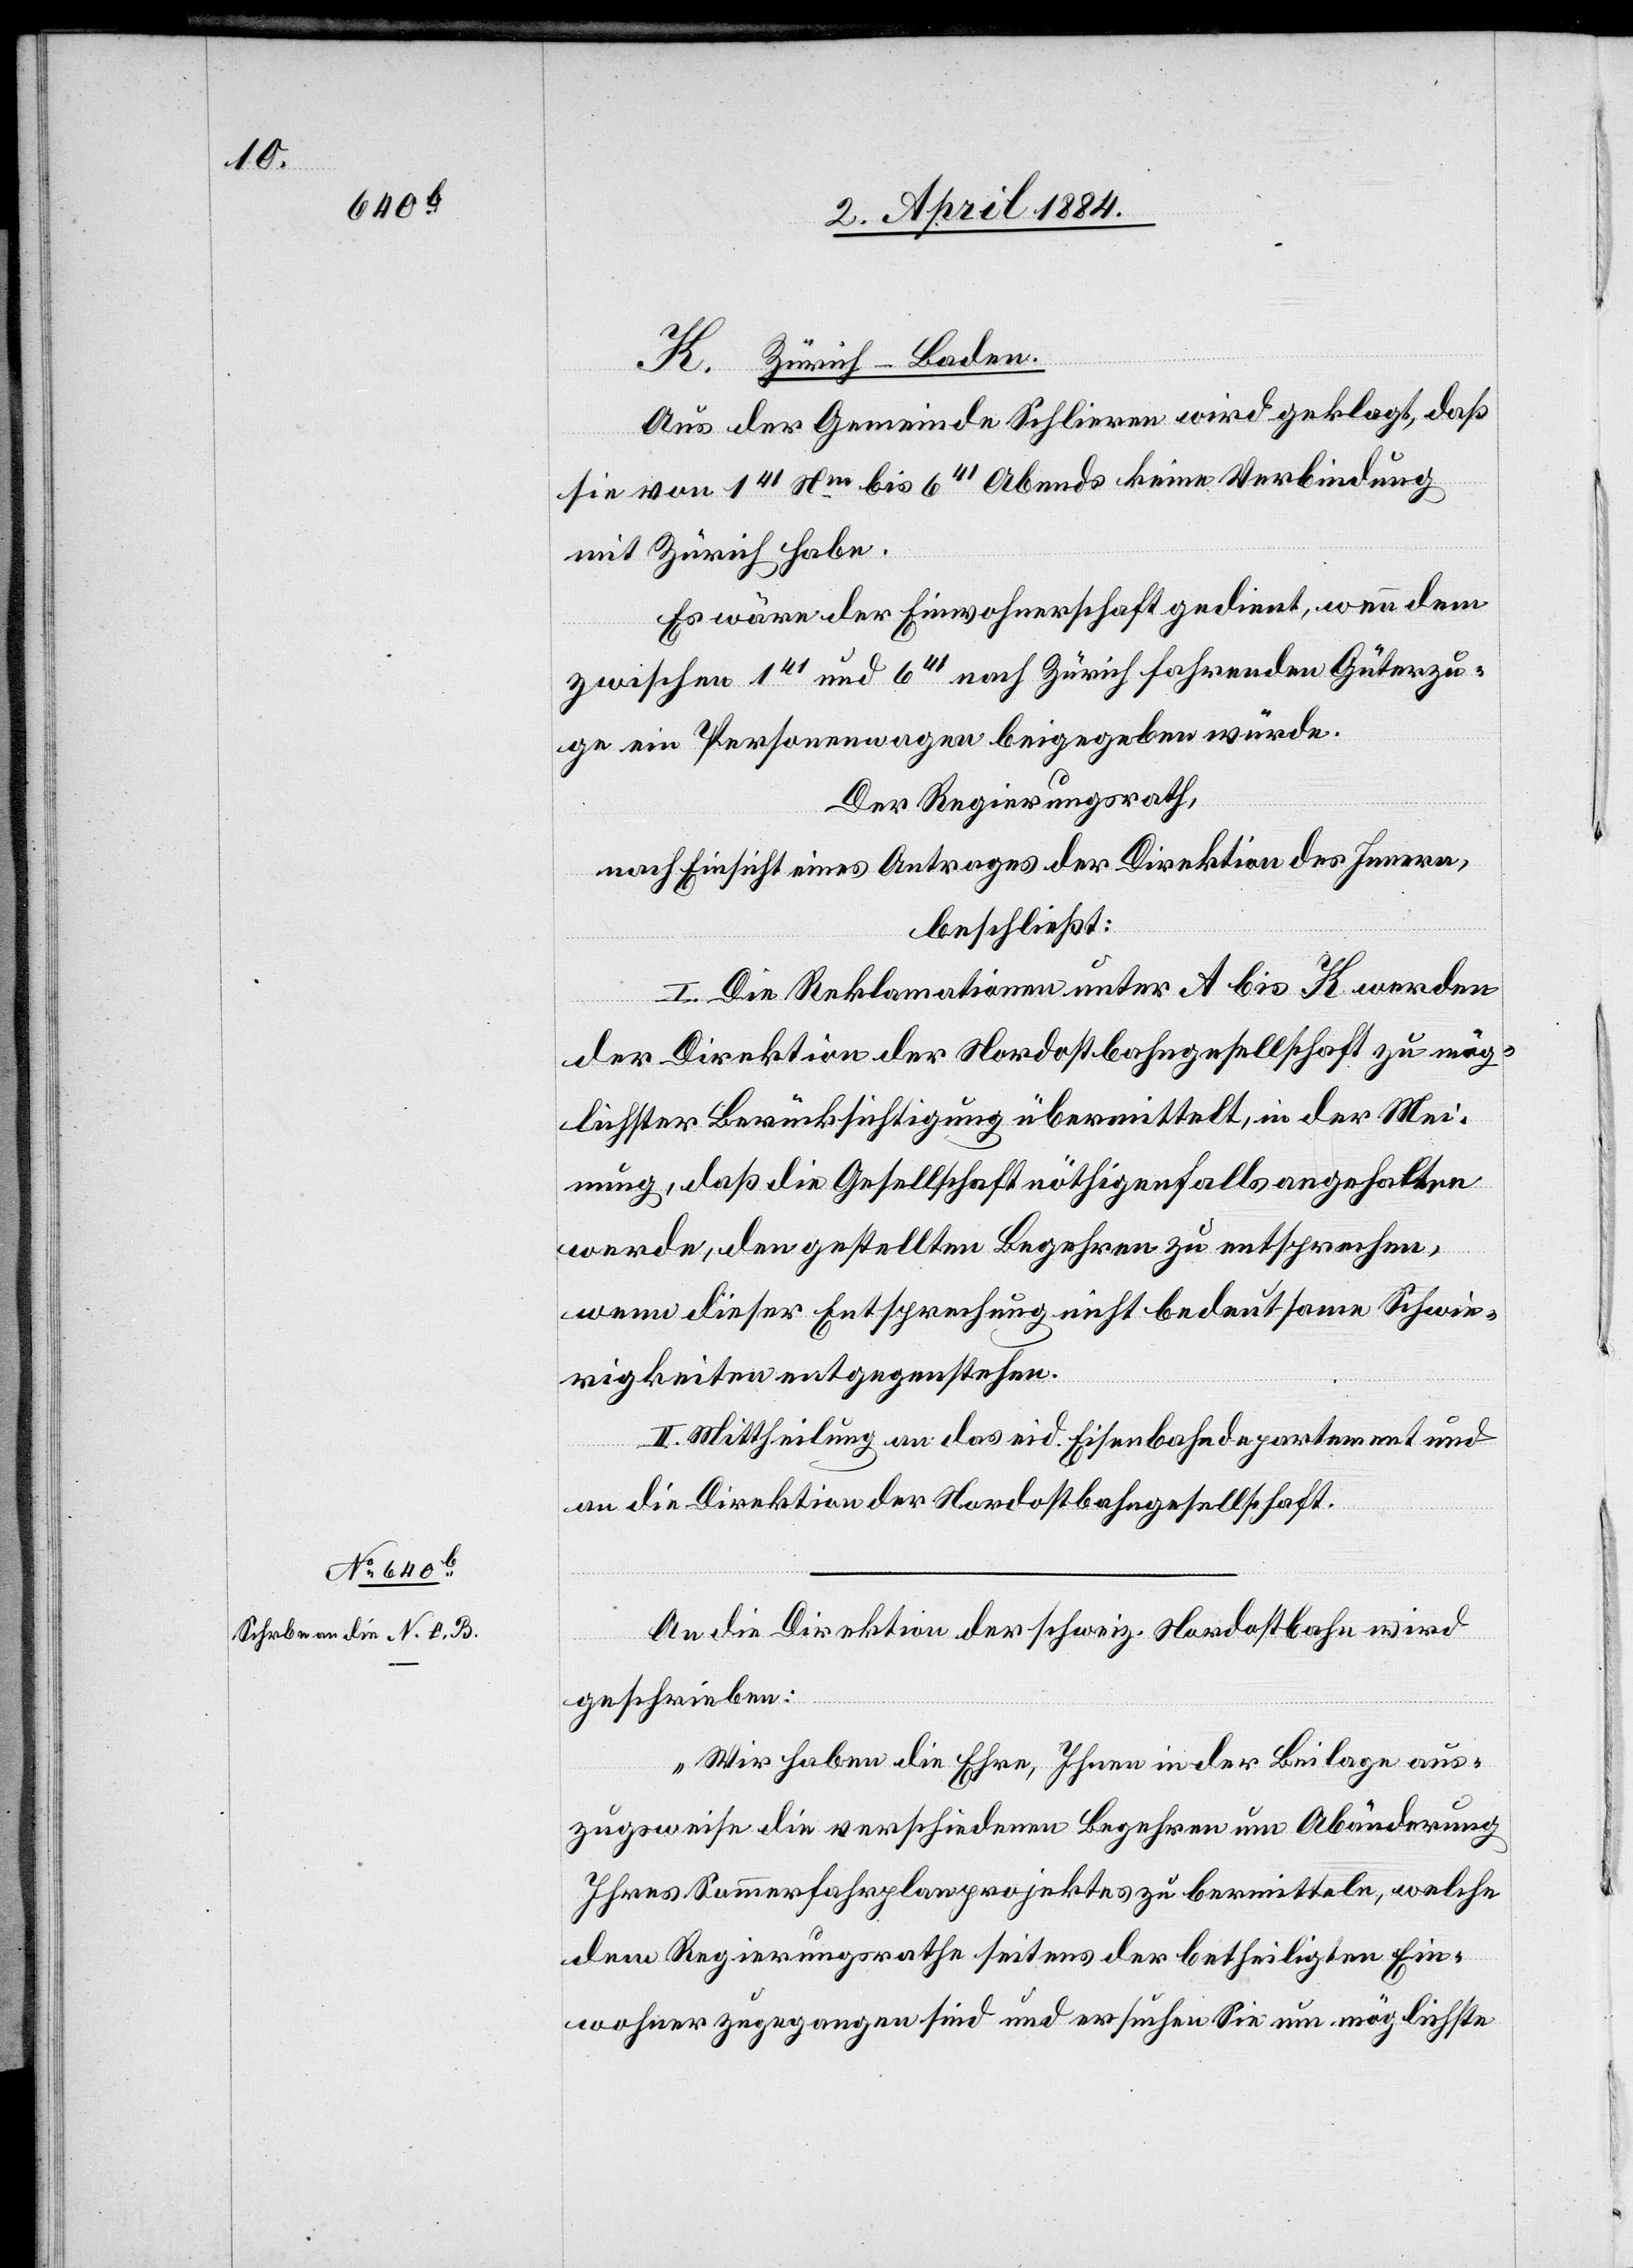
An die Direktion der schweiz. Nordostbahn wird
geschrieben:
„Wir haben die Ehre, Ihnen in der Beilage aus¬
zugweise die verschiedenen Begehren um Abänderung
Ihres Sommerfahrplanprojektes zu [ue]bermitteln, welche
dem Regierungsrathe seitens der betheiligten Ein¬
wohner zugegangen sind und ersuchen Sie um möglichste